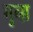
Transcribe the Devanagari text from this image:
मुव्स